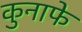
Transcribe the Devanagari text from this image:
कुनाफे